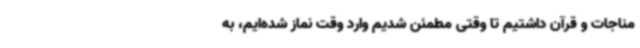
مناجات و قرآن داشتیم تا وقتی مطمئن شدیم وارد وقت نماز شده‌ایم، به